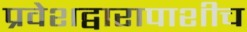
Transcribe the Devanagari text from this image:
प्रवेशद्वारापाशीच